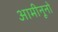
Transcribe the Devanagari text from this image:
आमीनूनो